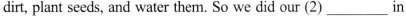
dirt,plant seeds, and water them. So we did our (2) ___ in